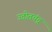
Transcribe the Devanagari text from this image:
उदोतचंद्र